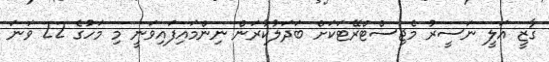
ގާޒީ އަލީ ނަސީރު މެޖިސްޓްރޭޓަކަށް ބަދަލުކުރަން ނިންމައިފައިވަނީ މި މަހުގެ 22 ވަނަ